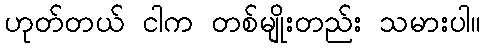
ဟုတ်တယ် ငါက တစ်မျိုးတည်း သမားပါ။